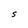
Character: S